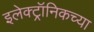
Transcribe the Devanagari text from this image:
इलेक्ट्रॉनिकच्या